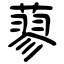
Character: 蓼